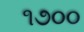
૧૭૦૦